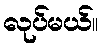
လုပ်မယ်။